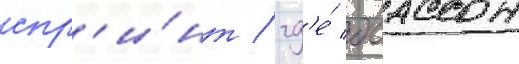
спр'и́нт / гд'е́ боассон